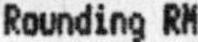
ROUNDING RM